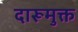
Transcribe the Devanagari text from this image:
दारूमुक्त